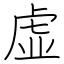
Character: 虚